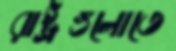
রাষ্ট্রগুলোতে